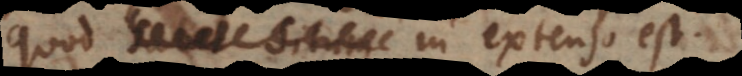
quod habet situm in extenso est.